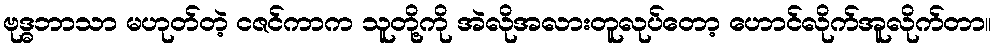
ဗုဒ္ဓဘာသာ မဟုတ်တဲ့ ငဇင်ကာက သူတို့ကို အဲလိုအလားတူလုပ်တော့ ဟောင်လိုက်အူလိုက်တာ။